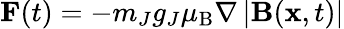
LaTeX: {\mathbf F}(t)=-m_{J}g_{J}\mu_{\mathrm{B}}\nabla\left|{\mathbf B}({\mathbf x},t)\right|